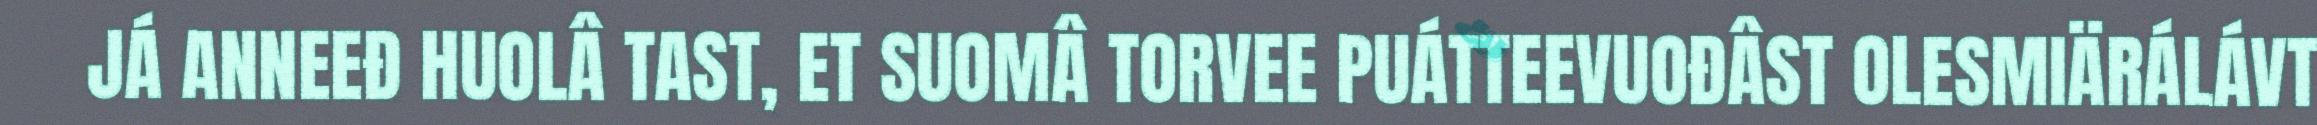
JÁ ANNEEĐ HUOLÂ TAST, ET SUOMÂ TORVEE PUÁTTEEVUOĐÂST OLESMIÄRÁLÁVT